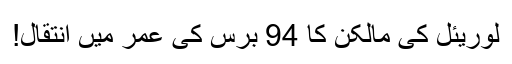
لوریئل کی مالکن کا 94 برس کی عمر میں انتقال!